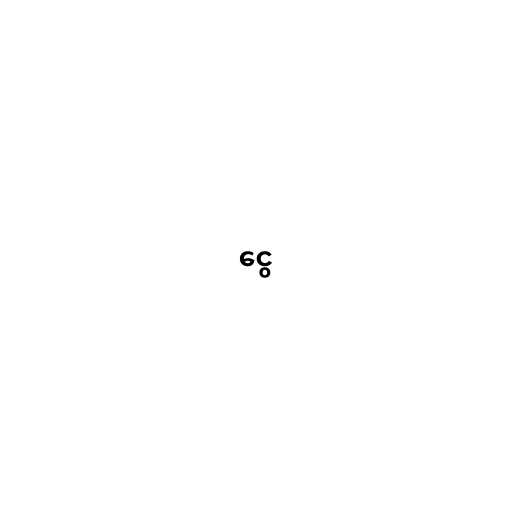
ငွေ